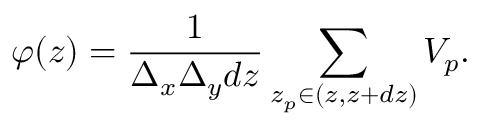
\varphi ( z ) = \frac { 1 } { \Delta _ { x } \Delta _ { y } d z } \sum _ { z _ { p } \in ( z , z + d z ) } V _ { p } .